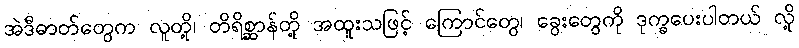
အဲဒီဓာတ်တွေက လူတို့၊ တိရိစ္ဆာန်တို့ အထူးသဖြင့် ကြောင်တွေ၊ ခွေးတွေကို ဒုက္ခပေးပါတယ် လို့